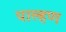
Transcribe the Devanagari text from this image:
पाल्हण